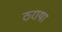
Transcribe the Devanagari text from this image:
ठराया